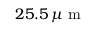
2 5 . 5 \, \mu \mathrm { ~ m ~ }